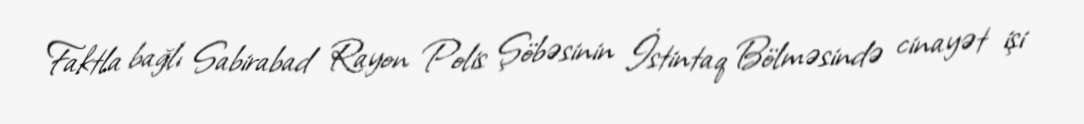
Faktla bağlı Sabirabad Rayon Polis Şöbəsinin İstintaq Bölməsində cinayət işi